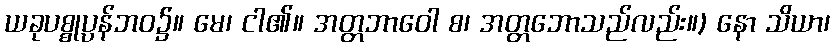
ယခုပစ္စုပ္ပန်ဘဝ၌။ မေ၊ ငါ၏။ အတ္တဘာဝေါ စ၊ အတ္တဘောသည်လည်း။) နော သိယာ၊